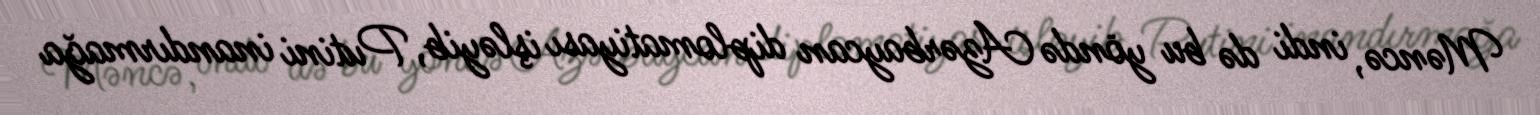
Məncə, indi də bu yöndə Azərbaycan diplomatiyası işləyib, Putini inandırmağa